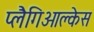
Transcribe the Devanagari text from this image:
प्लैगिओक्लेस